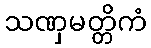
သဏှမတ္တိကံ